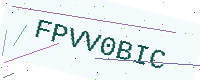
Text: FPVV0BIC